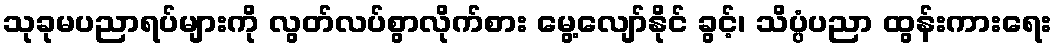
သုခုမပညာရပ်များကို လွတ်လပ်စွာလိုက်စား မွေ့လျော်နိုင် ခွင့်၊ သိပ္ပံပညာ ထွန်းကားရေး